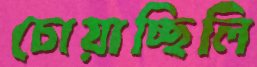
চোয়াচ্ছিলি